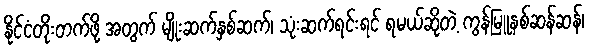
နိုင်ငံတိုးတက်ဖို့ အတွက် မျိုးဆက်နှစ်ဆက်၊ သုံးဆက်ရင်းရင် ရမယ်ဆိုတဲ့ ကွန်မြူနစ်ဆန်ဆန်၊